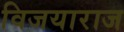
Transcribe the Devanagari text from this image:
विजयाराज